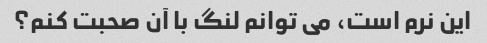
این نرم است، می توانم لنگ با آن صحبت کنم؟